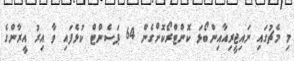
މި މެޗުގައި ނައިޖީރިއާއިންބޯޅަ ކޮންޓްރޯކޮށްގެން 64 ޕަސެންޓް ކުޅެފައި ވާ އިރު އީރާންގެ